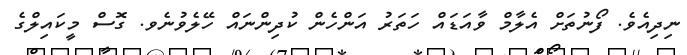
ނިދިއެވެ. ފޯނުތަށް އެލާމް ވާއަޑައް ހަތަރު އަންހެން ކުދިންނައް ހޭލެވުނެވ. ގޮސް މީކައިލްގެ